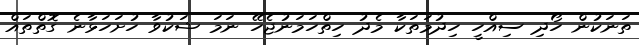
ތަނަކުން ހޯދި ސިއްހީ ހިދުމަތަކާ މެދު ހިތްހަމަނުޖެހޭ ނަމަ ޝަކުވާ ހުށަހަޅާނެ ގޮތްތައް